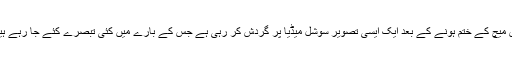
اس میچ کے ختم ہونے کے بعد ایک ایسی تصویر سوشل میڈیا پر گردش کر رہی ہے جس کے بارے میں کئی تبصرے کئے جا رہے ہیں۔